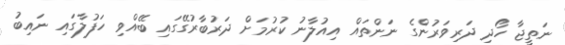
ނަތީޖާ ހޯދި ދަރިވަރުންގެ ނަންތައް އިއުލާނު ކުރުމަށް ދަރުބާރުގޭގައި ބޭއްވި ހަފުލާގައި ނައިބު